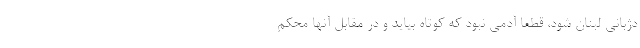
دژبانی لبنان شود، قطعا آدمی نبود که کوتاه بیاید و در مقابل آنها محکم